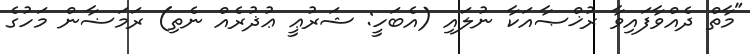
"މާތް ދެއްވާފައިވާ ރުޚްޞާއަކާ ނުލައި (އެބަހީ: ޝަރުޢީ ޢުޛުރެއް ނެތި) ރަމަޟާން މަހުގެ